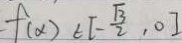
f ( \alpha ) \in [ - \frac { \sqrt { 3 } } { 2 } , 0 ]